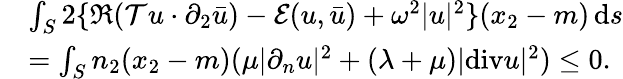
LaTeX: \begin{array}{rl}&{\int_{S}2\{ \Re(\mathcal{T}u\cdot\partial_{2}\bar{u})-\mathcal{E}(u,\bar{u})+\omega^{2}|u|^{2}\} (x_{2}-m)\, \mathrm{d}s}\\ &{=\int_{S}n_{2}(x_{2}-m)(\mu|\partial_{n}u|^{2}+(\lambda+\mu)|\mathrm{div}u|^{2})\le 0.}\end{array}